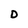
Character: D